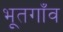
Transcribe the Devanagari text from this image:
भूतगाँव